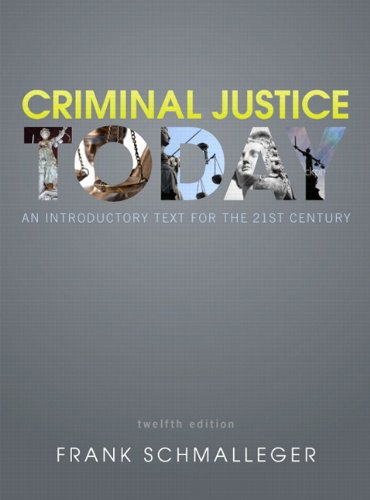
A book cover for Criminal Justice Today: An Introductory Text for the 21st Century (12th Edition); Frank J. Schmalleger; Law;